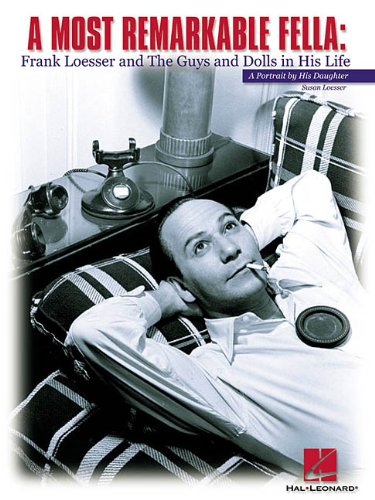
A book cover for A Most Remarkable Fella: Frank Loesser and the Guys and Dolls in His Life: A Portrait by His Daughter; Susan Loesser; Biographies & Memoirs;